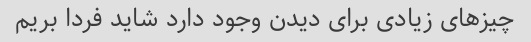
چیزهای زیادی برای دیدن وجود دارد شاید فردا بریم